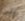
إلى